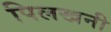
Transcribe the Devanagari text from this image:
पिलखनी